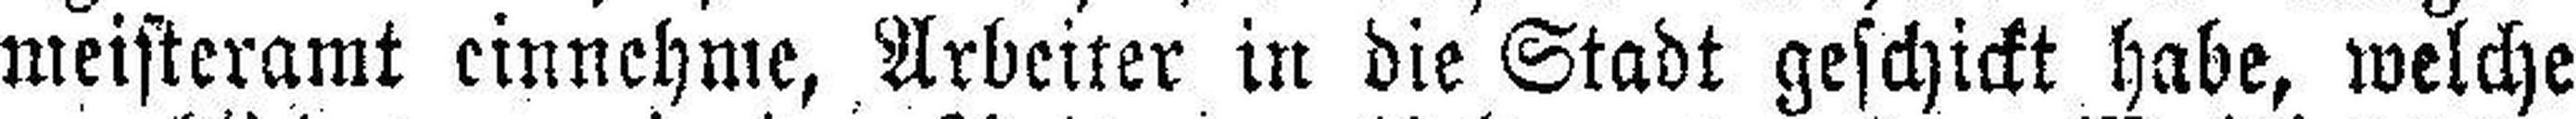
meisteramt einnehme, Arbeiter in die Stadt geschickt habe, welche